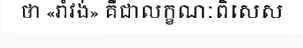
ថា «រាំវង់» គឺជាលក្ខណៈពិសេស